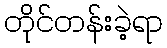
တိုင်တန်းခဲ့ရာ